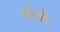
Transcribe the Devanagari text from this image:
बर्टेब्री